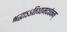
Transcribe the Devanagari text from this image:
श्रद्धाऽऽतिथ्यमदर्चनम्